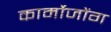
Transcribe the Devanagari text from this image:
कार्मोजोंग